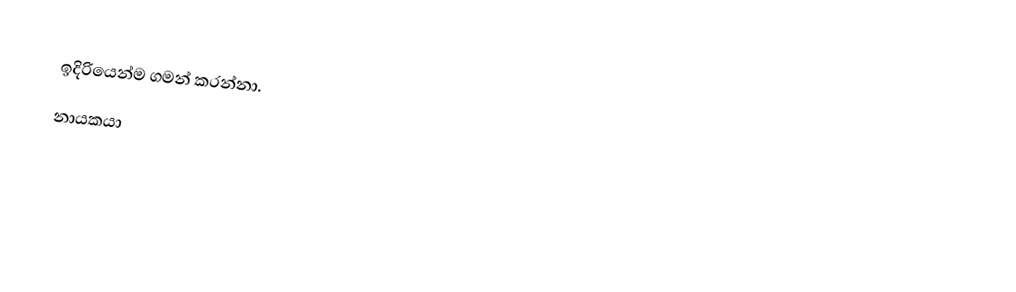
ඉදිරියෙන්ම ගමන් කරන්නා.
නායකයා